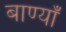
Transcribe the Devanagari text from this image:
बाण्याँ